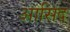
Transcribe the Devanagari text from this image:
आसिद